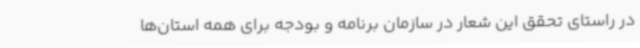
در راستای تحقق این شعار در سازمان برنامه و بودجه برای همه استان‌ها